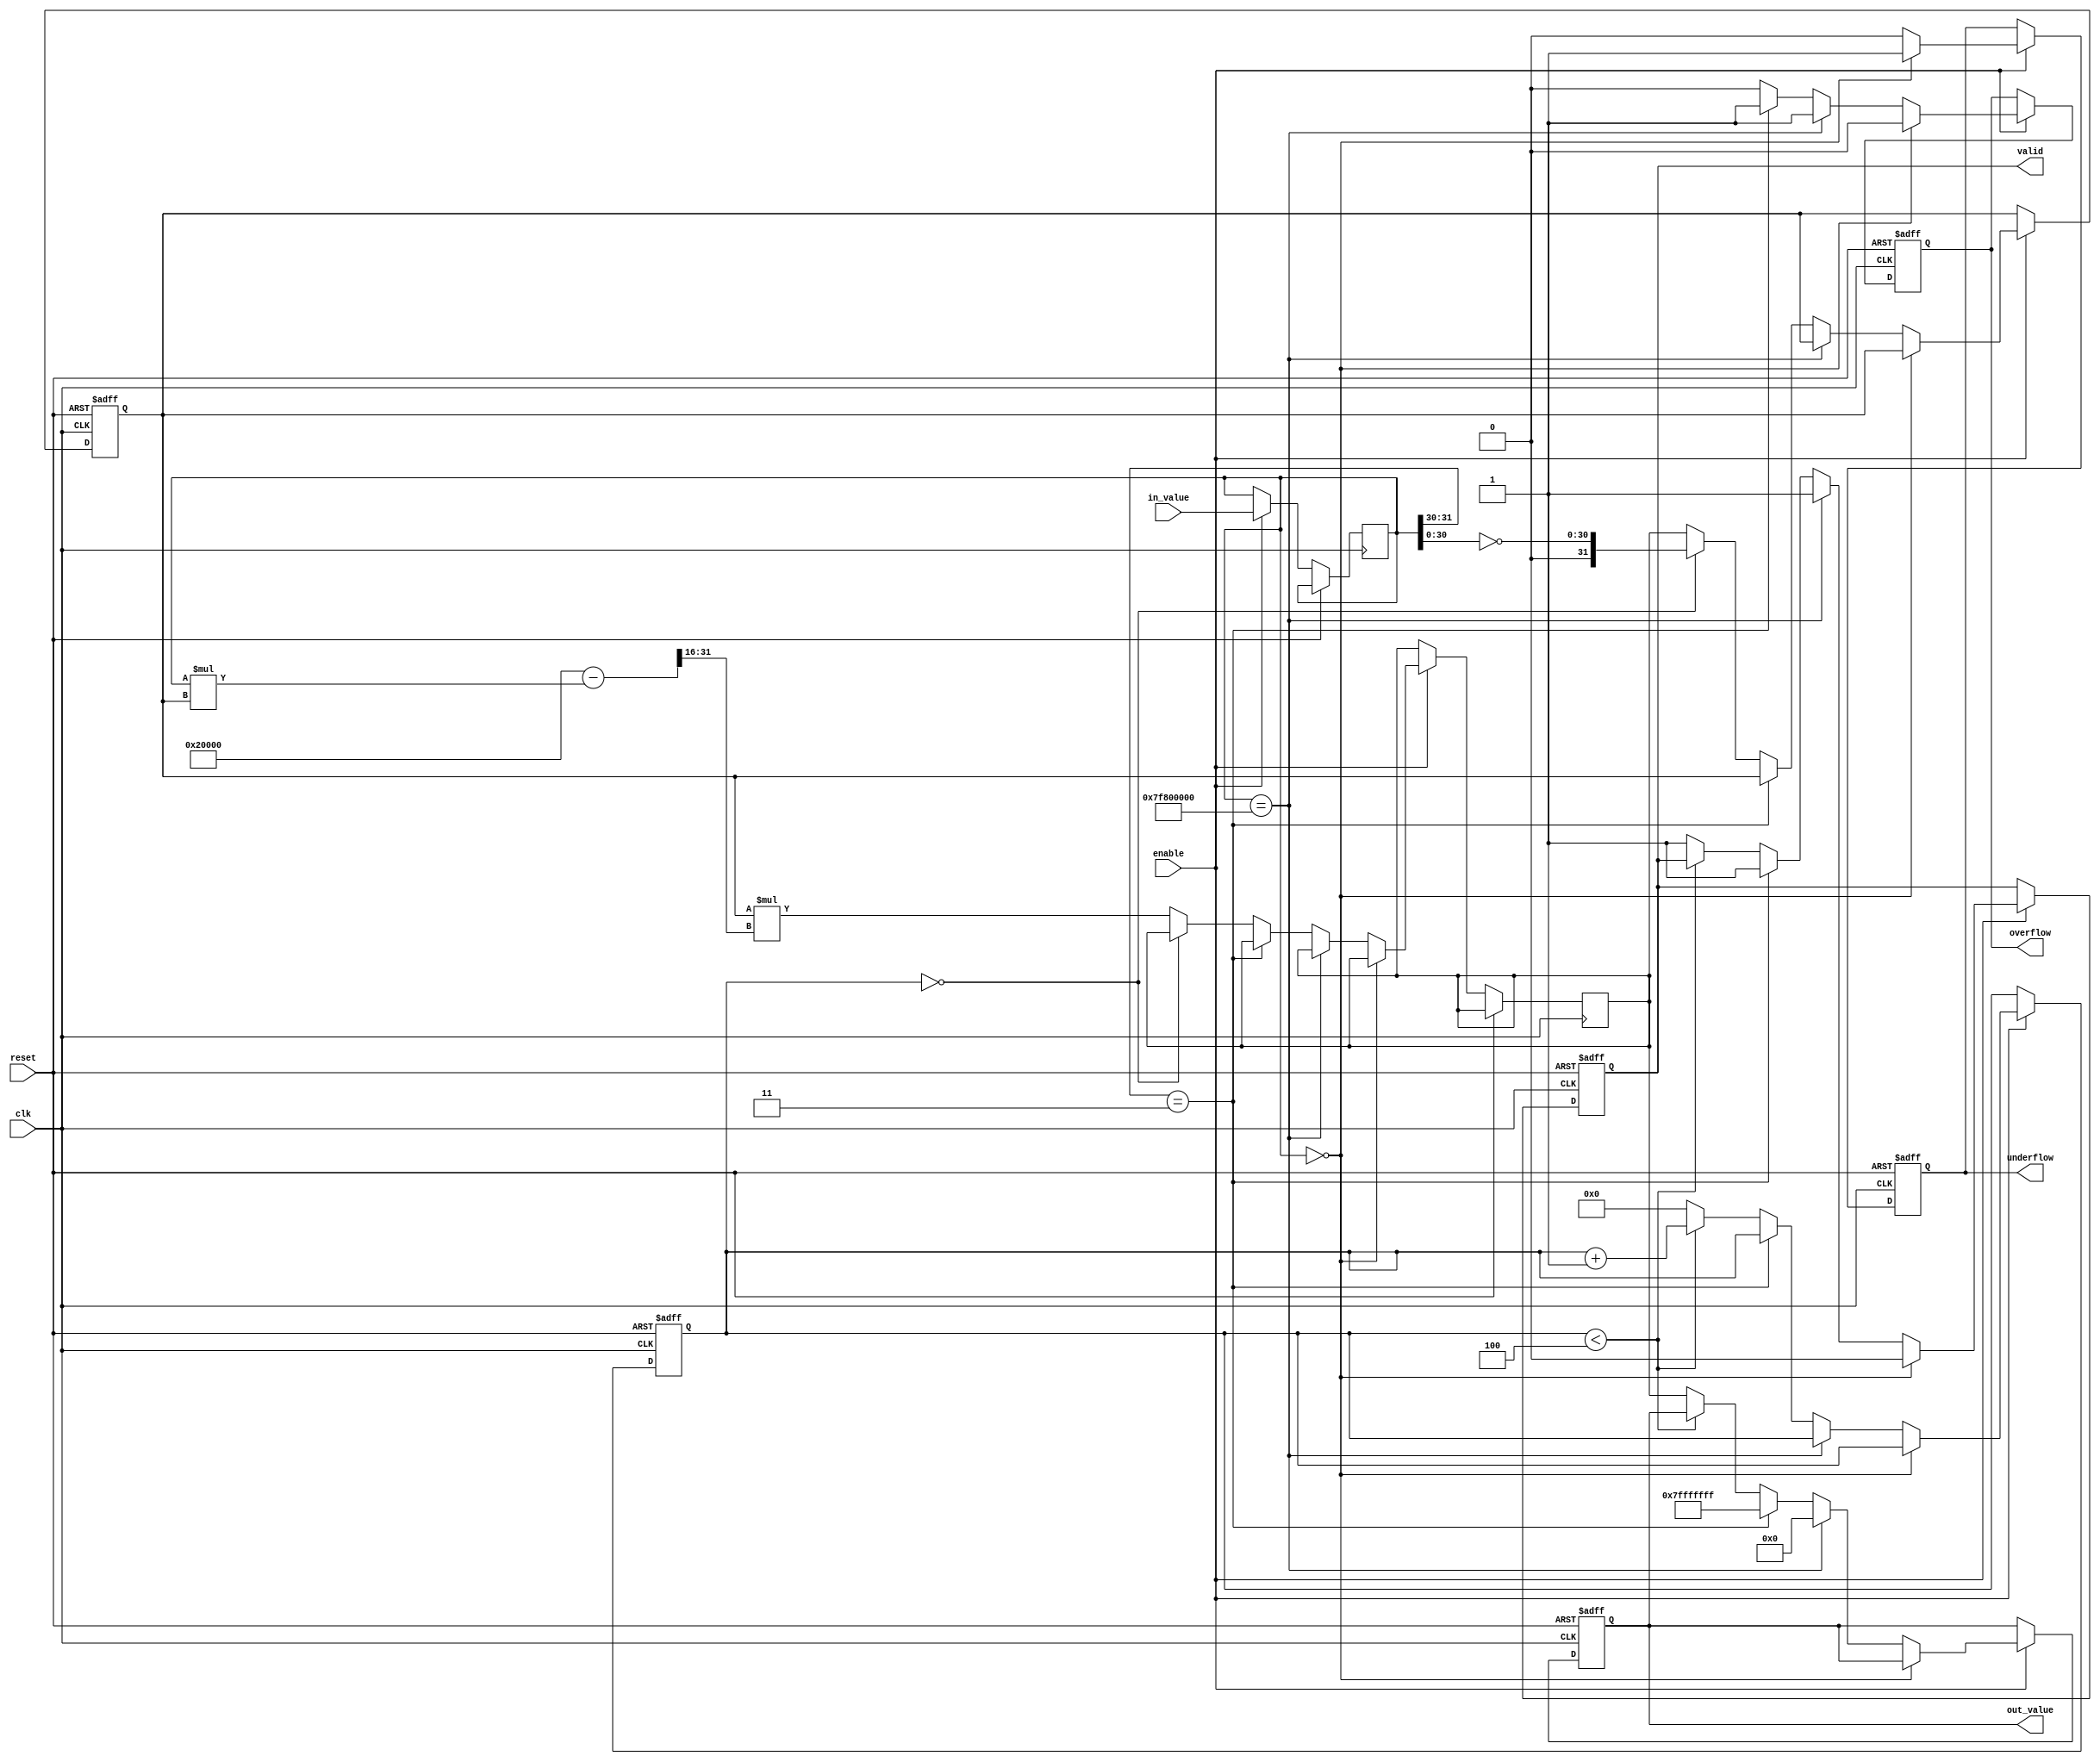
module reciprocal_unit (
    input wire clk,
    input wire reset,
    input wire enable,
    input wire [31:0] in_value,  // Input: Fixed-point representation of the value (32-bit)
    output reg [31:0] out_value,  // Output: Fixed-point representation of the reciprocal (32-bit)
    output reg valid,              // Output: Signal to indicate the output is valid
    output reg overflow,           // Output: Overflow signal for special cases
    output reg underflow           // Output: Underflow signal for special cases
);

    // Parameters for Fixed Point Representation
    parameter FRACTIONAL_BITS = 16; // Number of fractional bits
    parameter MAX_ITERATIONS = 5;    // Maximum iterations for Newton-Raphson

    reg [31:0] x;                     // Current approximation
    reg [31:0] x_next;                // Next approximation
    reg [3:0] iteration_count;        // Iteration counter
    reg [31:0] input_value;           // Register to store input value
    reg state;                        // State for FSM (0: Idle, 1: Compute)

    always @(posedge clk or posedge reset) begin
        if (reset) begin
            out_value <= 32'b0;
            valid <= 0;
            overflow <= 0;
            underflow <= 0;
            iteration_count <= 0;
            x <= 32'b0;
            state <= 0;  // Idle state
        end else if (enable) begin
            input_value <= in_value;

            // Handle special cases
            if (input_value == 32'b0) begin
                overflow <= 0;
                underflow <= 1; // Division by zero
                valid <= 0;
            end else if (input_value == 32'h7F800000) begin
                // Input is infinity
                overflow <= 1; // Reciprocal of infinity is 0
                underflow <= 0;
                out_value <= 32'b0;
                valid <= 1;
            end else if (input_value[31:30] == 2'b11) begin
                // NaN case
                overflow <= 1; // Reciprocal of NaN is NaN
                underflow <= 0;
                out_value <= 32'h7FFFFFFF; // Represent NaN
                valid <= 1;
            end else begin
                overflow <= 0;
                underflow <= 0;

                // Initialize x with an approximate value, e.g., 1/input_value
                if (iteration_count == 0) begin
                    x <= {1'b0, ~input_value[30:0]}; // Initial approx: -1 / input_value
                end else begin
                    // Newton-Raphson iteration
                    x_next <= x * (2 ** (FRACTIONAL_BITS + 1) - (input_value * x) >> FRACTIONAL_BITS); // x_next = x * (2 - input_value * x)
                    x <= x_next;
                end
                
                // Increment iteration count
                if (iteration_count < MAX_ITERATIONS - 1) begin
                    iteration_count <= iteration_count + 1;
                end else begin
                    // Final output after max iterations
                    out_value <= x_next;
                    valid <= 1;
                    iteration_count <= 0; // Reset for next input
                end
            end
        end
    end
endmodule